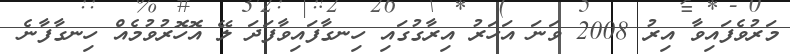
މަރުވެފައިވާ އިރު 2008 ވަނަ އަހަރު އިރާގުގައި ހިނގާފައިވާފަދަ ލޭ އޮހޮރުވުމެއް ހިނގާފާނެ